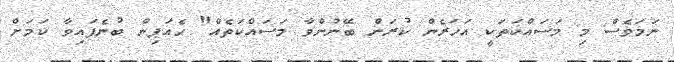
ނަމަވެސް މި މަސައްކަތަކީ އަހަރެން ކުރަން ބޭނުންވާ މަސައްކަތެއް" ހެއަޕިން ބުނެފައިވާ ކަމަށް